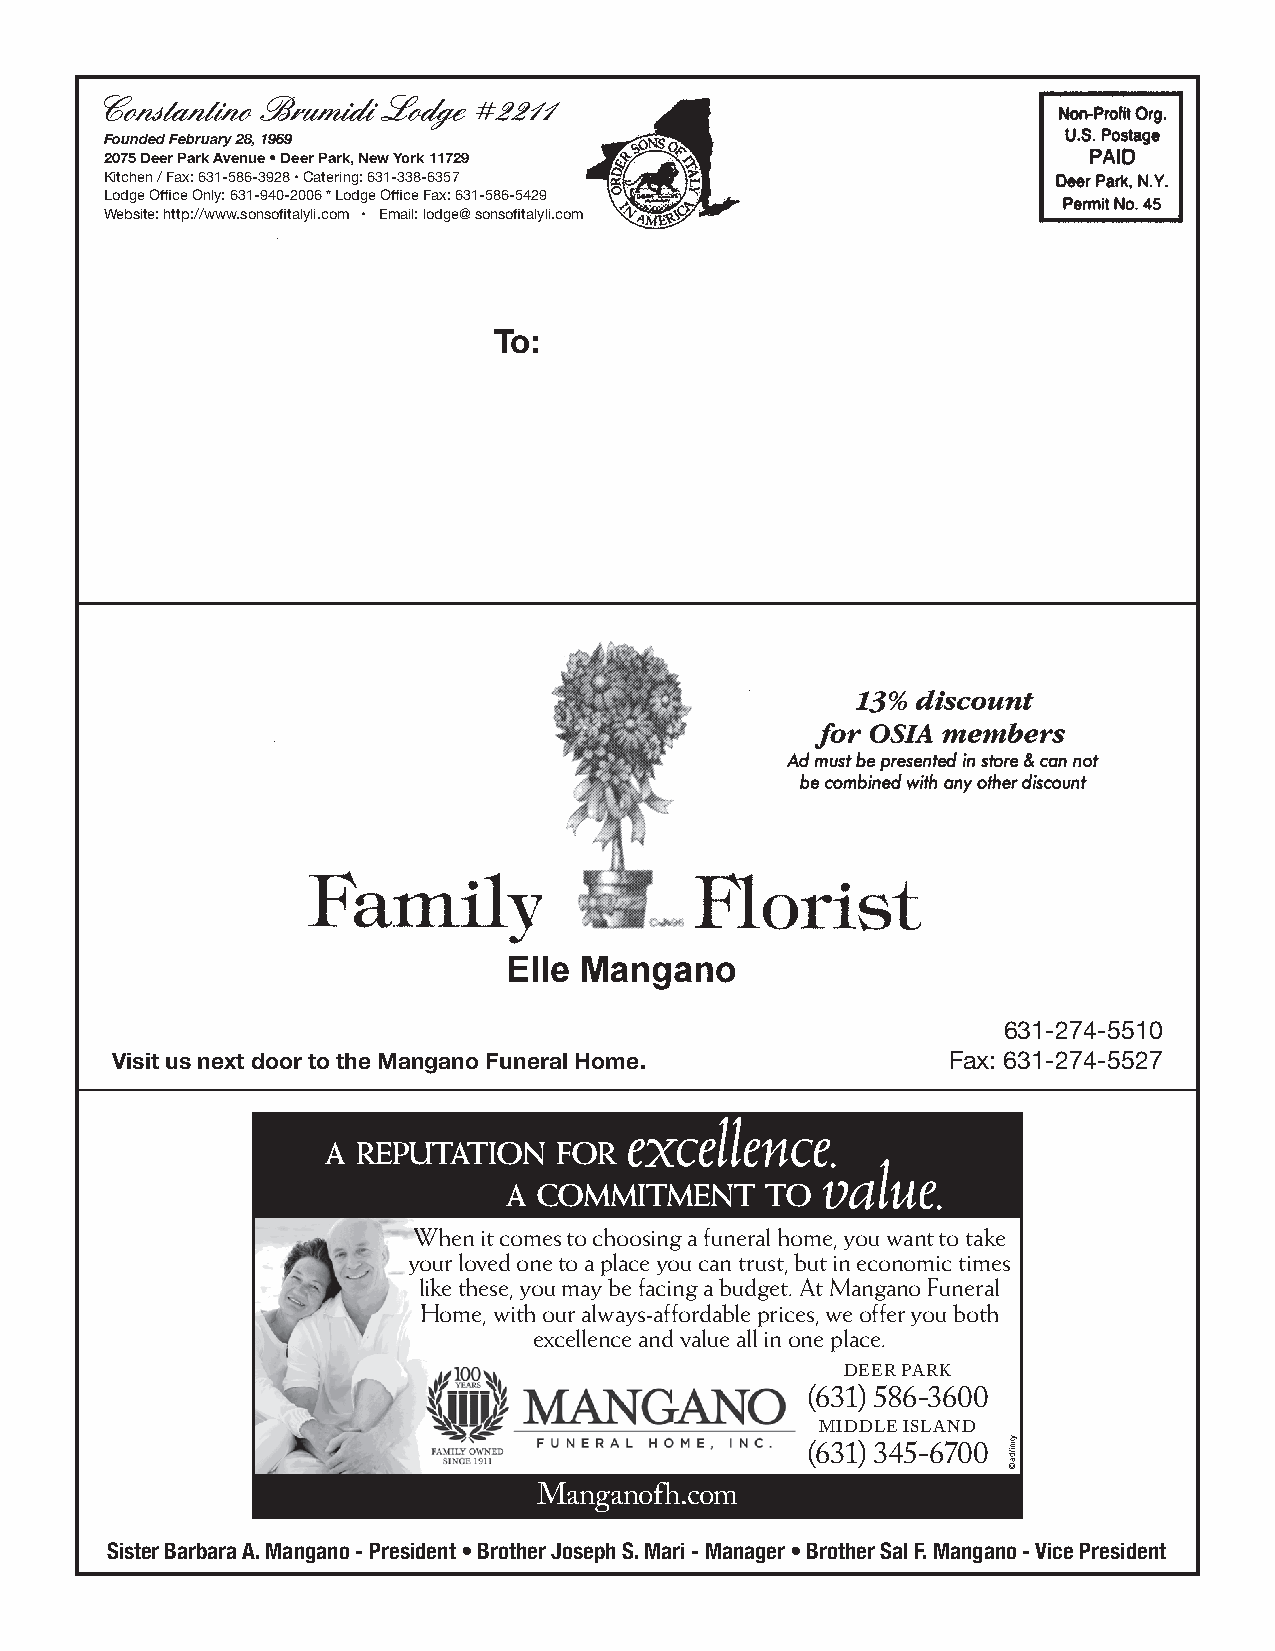
Founded February 28, 1969
 2075 Deer Park Avenue • Deer Park, New York 11729
 Kitchen / Fax: 631-586-3928 • Catering: 631-338-6357
 Lodge Office Only: 631-940-2006 * Lodge Office Fax: 631-586-5429
 Website: http://www.sonsofitalyli.com • Email: lodge@ sonsofitalyli.com
 To:
 631-274-5510
 Visit us next door to the Mangano Funeral Home.         Fax: 631-274-5527
 excellence
 .
 a reputation   for
 value
 .
 a  commitment     to
 When it comes to choosing a funeral home, you want to take
 your loved one to a place you can trust, but in economic times
 like these, you may be facing a budget. At Mangano Funeral
 Home, with our always-affordable prices, we offer you both
 excellence and value all in one place.
 DEER PARK
 (631) 586-3600
 MIDDLE ISLAND
 (631) 345-6700
 Manganofh.com
 Sister Barbara A. Mangano - President • Brother Joseph S. Mari - Manager • Brother Sal F. Mangano - Vice President
 ytinfida
 ©